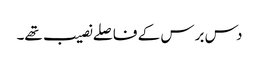
دس برس کے فاصلے نصیب تھے۔